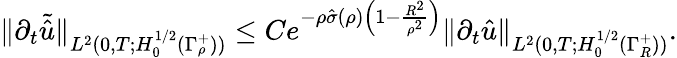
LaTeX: \begin{array}{r}{\| \partial_{t}\tilde{\hat{u}}\| _{L^{2}(0,T;H_{0}^{1/2}(\Gamma_{\rho}^{+}))}\leq Ce^{-\rho\hat{\sigma}(\rho)\left(1-\frac{R^{2}}{\rho^{2}}\right)}\| \partial_{t}\hat{u}\| _{L^{2}(0,T;H_{0}^{1/2}(\Gamma_{R}^{+}))}.}\end{array}